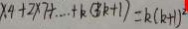
\times 4 + 2 \times 7 + \cdots + k ( 3 k + 1 ) = k ( k + 1 ) ^ { 2 }